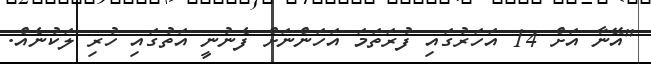
"އޭނާ އަށް 14 އަހަރުގައި ފުރަތަމަ އަހަންނަށް ފެނުނީ އަތުގައި ހުރި ލަކުނެއް.